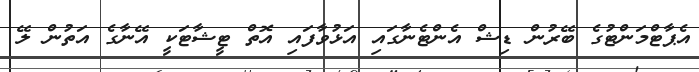
އެޕާޓްމަންޓުގެ ބޭރުން ޑިޝް އެންޓެނާގައި އަޅުވާފައި އޮތް ޓީޝާޓަކީ އޭނާގެ އަތުން ލޭ